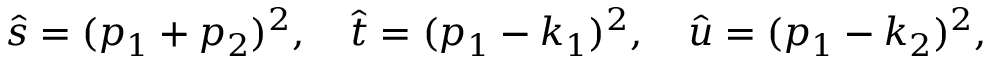
\hat { s } = ( p _ { 1 } + p _ { 2 } ) ^ { 2 } , \quad \hat { t } = ( p _ { 1 } - k _ { 1 } ) ^ { 2 } , \quad \hat { u } = ( p _ { 1 } - k _ { 2 } ) ^ { 2 } ,